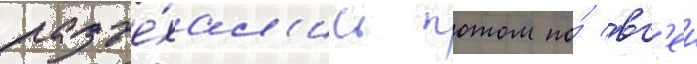
разъе́хал'ись потом по́ вс'еи